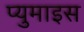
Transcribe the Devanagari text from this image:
प्युमाइस